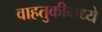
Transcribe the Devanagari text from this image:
वाहतुकीमध्ये